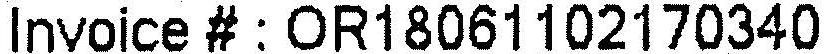
INVOICE # : OR18061102170340